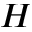
H